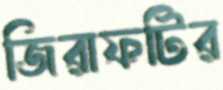
জিরাফটির